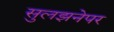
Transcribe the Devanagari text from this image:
सुलझनेपर